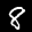
Label: 8